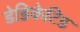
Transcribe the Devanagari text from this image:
डेडिकेटिड